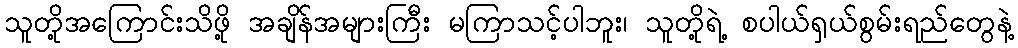
သူတို့အကြောင်းသိဖို့ အချိန်အများကြီး မကြာသင့်ပါဘူး၊ သူတို့ရဲ့ စပါယ်ရှယ်စွမ်းရည်တွေနဲ့